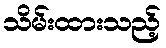
သိမ်းထားသည့်